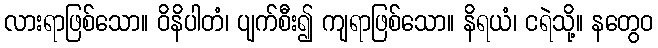
လားရာဖြစ်သော။ ဝိနိပါတံ၊ ပျက်စီး၍ ကျရာဖြစ်သော။ နိရယံ၊ ငရဲသို့။ နတွေဝ